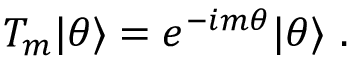
T _ { m } | \theta \rangle = e ^ { - i m \theta } | \theta \rangle \ .